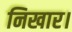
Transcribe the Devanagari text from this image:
निखार।